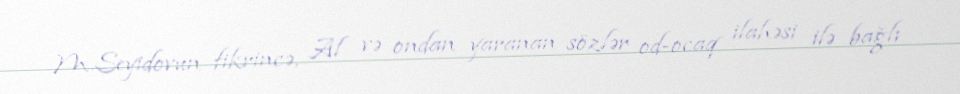
M.Seyidovun fikrincə, Al və ondan yaranan sözlər od-ocaq ilahəsi ilə bağlı